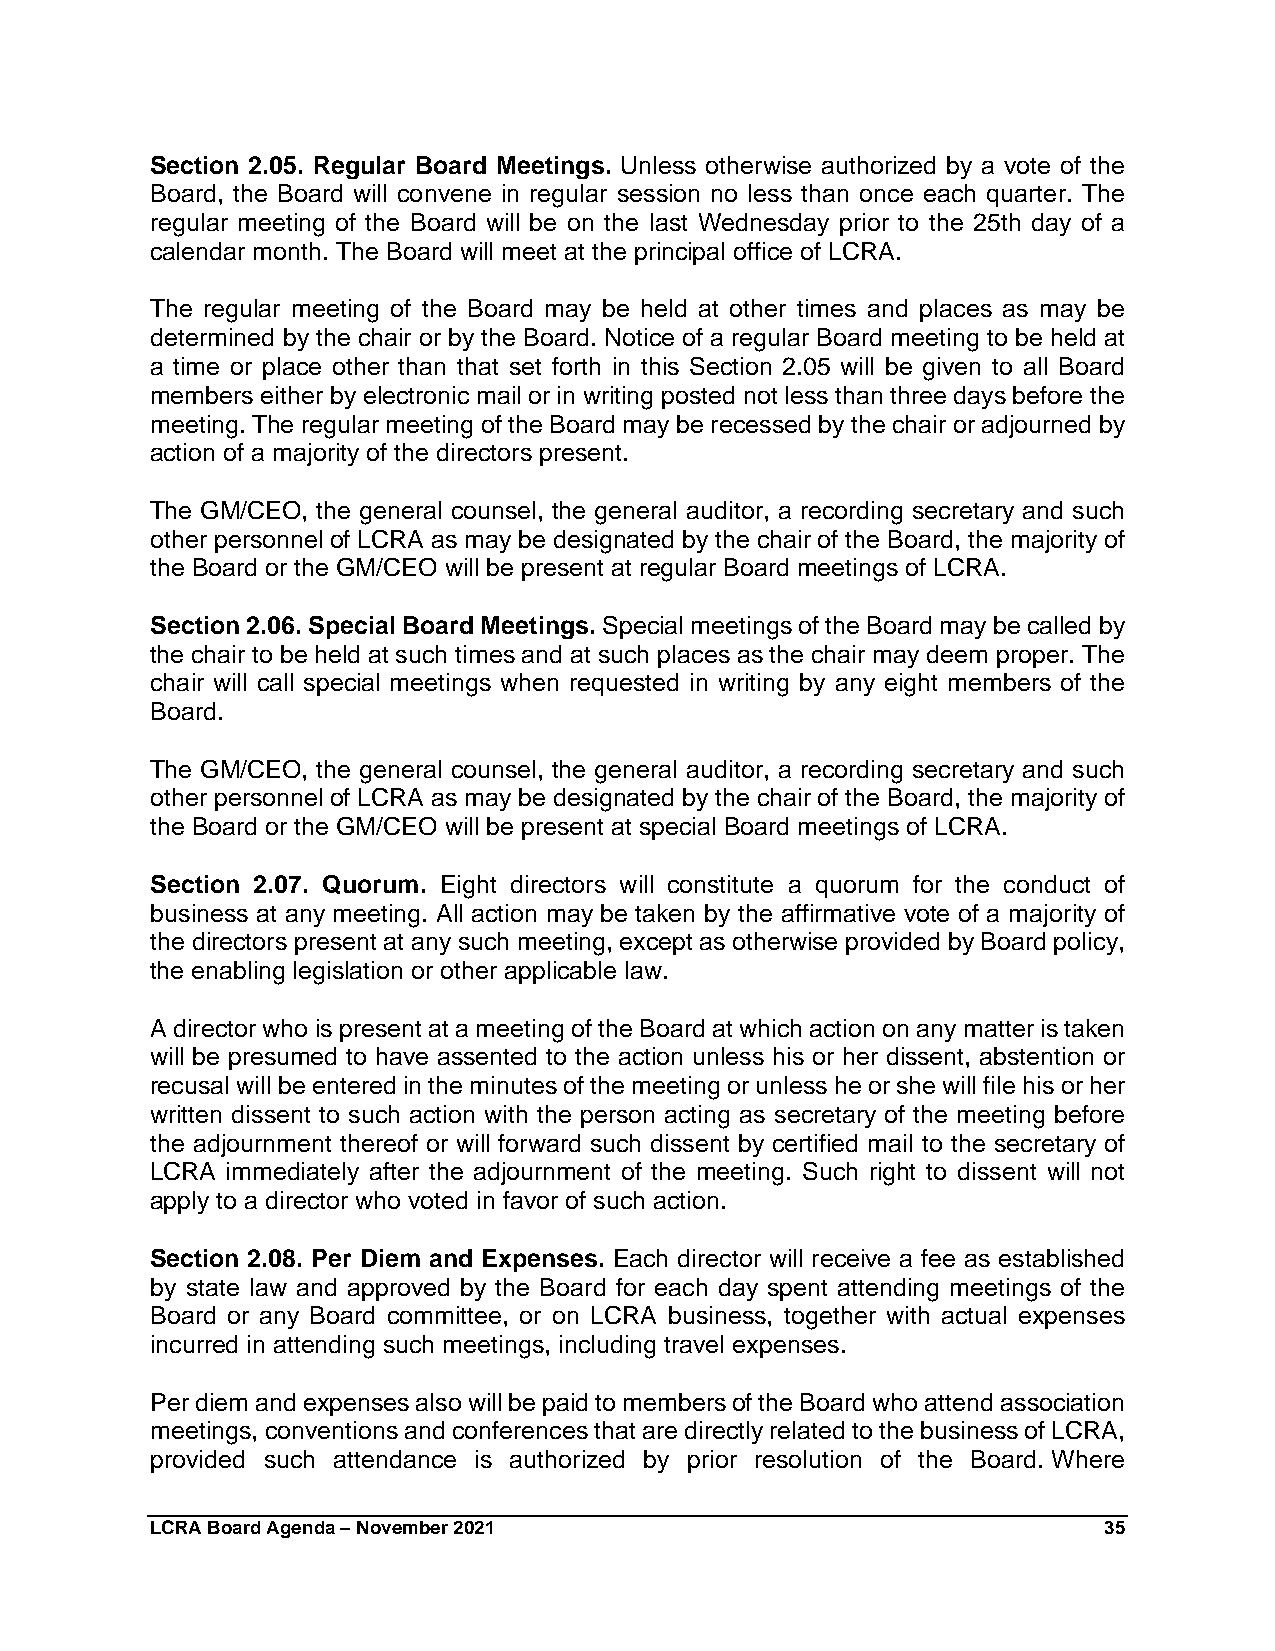
Section 2.05. Regular Board Meetings. Unless otherwise authorized by a vote of the
 Board, the Board will convene in regular session no less than once each quarter. The
 regular meeting of the Board will be on the last Wednesday prior to the 25th day of a
 calendar month. The Board will meet at the principal office of LCRA.
 The regular meeting of the Board may be held at other times and places as may be
 determined by the chair or by the Board. Notice of a regular Board meeting to be held at
 a time or place other than that set forth in this Section 2.05 will be given to all Board
 members either by electronic mail or in writing posted not less than three days before the
 meeting. The regular meeting of the Board may be recessed by the chair or adjourned by
 action of a majority of the directors present.
 The GM/CEO, the general counsel, the general auditor, a recording secretary and such
 other personnel of LCRA as may be designated by the chair of the Board, the majority of
 the Board or the GM/CEO will be present at regular Board meetings of LCRA.
 Section 2.06. Special Board Meetings. Special meetings of the Board may be called by
 the chair to be held at such times and at such places as the chair may deem proper. The
 chair will call special meetings when requested in writing by any eight members of the
 Board.
 The GM/CEO, the general counsel, the general auditor, a recording secretary and such
 other personnel of LCRA as may be designated by the chair of the Board, the majority of
 the Board or the GM/CEO will be present at special Board meetings of LCRA.
 Section 2.07. Quorum. Eight directors will constitute a quorum for the conduct of
 business at any meeting. All action may be taken by the affirmative vote of a majority of
 the directors present at any such meeting, except as otherwise provided by Board policy,
 the enabling legislation or other applicable law.
 A director who is present at a meeting of the Board at which action on any matter is taken
 will be presumed to have assented to the action unless his or her dissent, abstention or
 recusal will be entered in the minutes of the meeting or unless he or she will file his or her
 written dissent to such action with the person acting as secretary of the meeting before
 the adjournment thereof or will forward such dissent by certified mail to the secretary of
 LCRA immediately after the adjournment of the meeting. Such right to dissent will not
 apply to a director who voted in favor of such action.
 Section 2.08. Per Diem and Expenses. Each director will receive a fee as established
 by state law and approved by the Board for each day spent attending meetings of the
 Board or any Board committee, or on LCRA business, together with actual expenses
 incurred in attending such meetings, including travel expenses.
 Per diem and expenses also will be paid to members of the Board who attend association
 meetings, conventions and conferences that are directly related to the business of LCRA,
 provided such attendance is authorized by prior resolution of the Board. Where
 LCRA Board Agenda – November 2021                              35